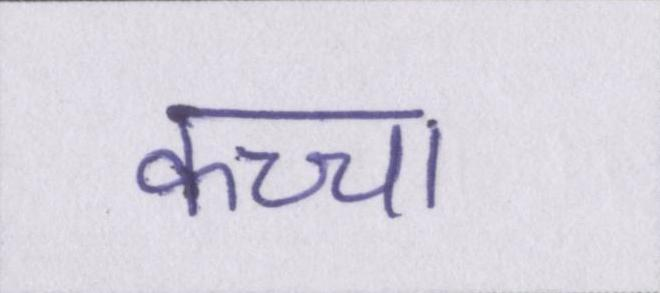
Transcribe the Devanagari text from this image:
कच्चा